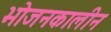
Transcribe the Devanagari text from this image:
भोजनकालीन